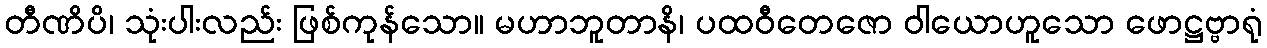
တီဏိပိ၊ သုံးပါးလည်း ဖြစ်ကုန်သော။ မဟာဘူတာနိ၊ ပထဝီတေဇော ဝါယောဟူသော ဖောဋ္ဌဗ္ဗာရုံ